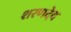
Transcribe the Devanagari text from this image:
शरणदेव